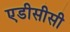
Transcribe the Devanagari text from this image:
एडीसीसी